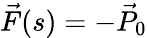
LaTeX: \vec{F}(s)=-\vec{P}_{0}